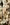
آ